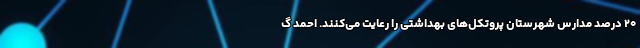
۲۰ درصد مدارس شهرستان پروتکل‌های بهداشتی را رعایت می‌کنند. احمد گ